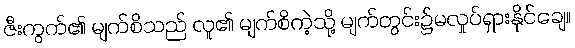
ဇီးကွက်၏ မျက်စိသည် လူ၏ မျက်စိကဲ့သို့ မျက်တွင်း၌မလှုပ်ရှားနိုင်ချေ။